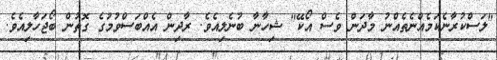
"ލަސްކުރާނެކަމެއްނެތެއްނު މާދަން ވެސް އޯކޭ" ޝިހާނާ ބުނެލިއެވެ. ރާދިން އެއްބަސްވުމުގެ ގޮތުން ބޯޖަހާލިއެވެ.